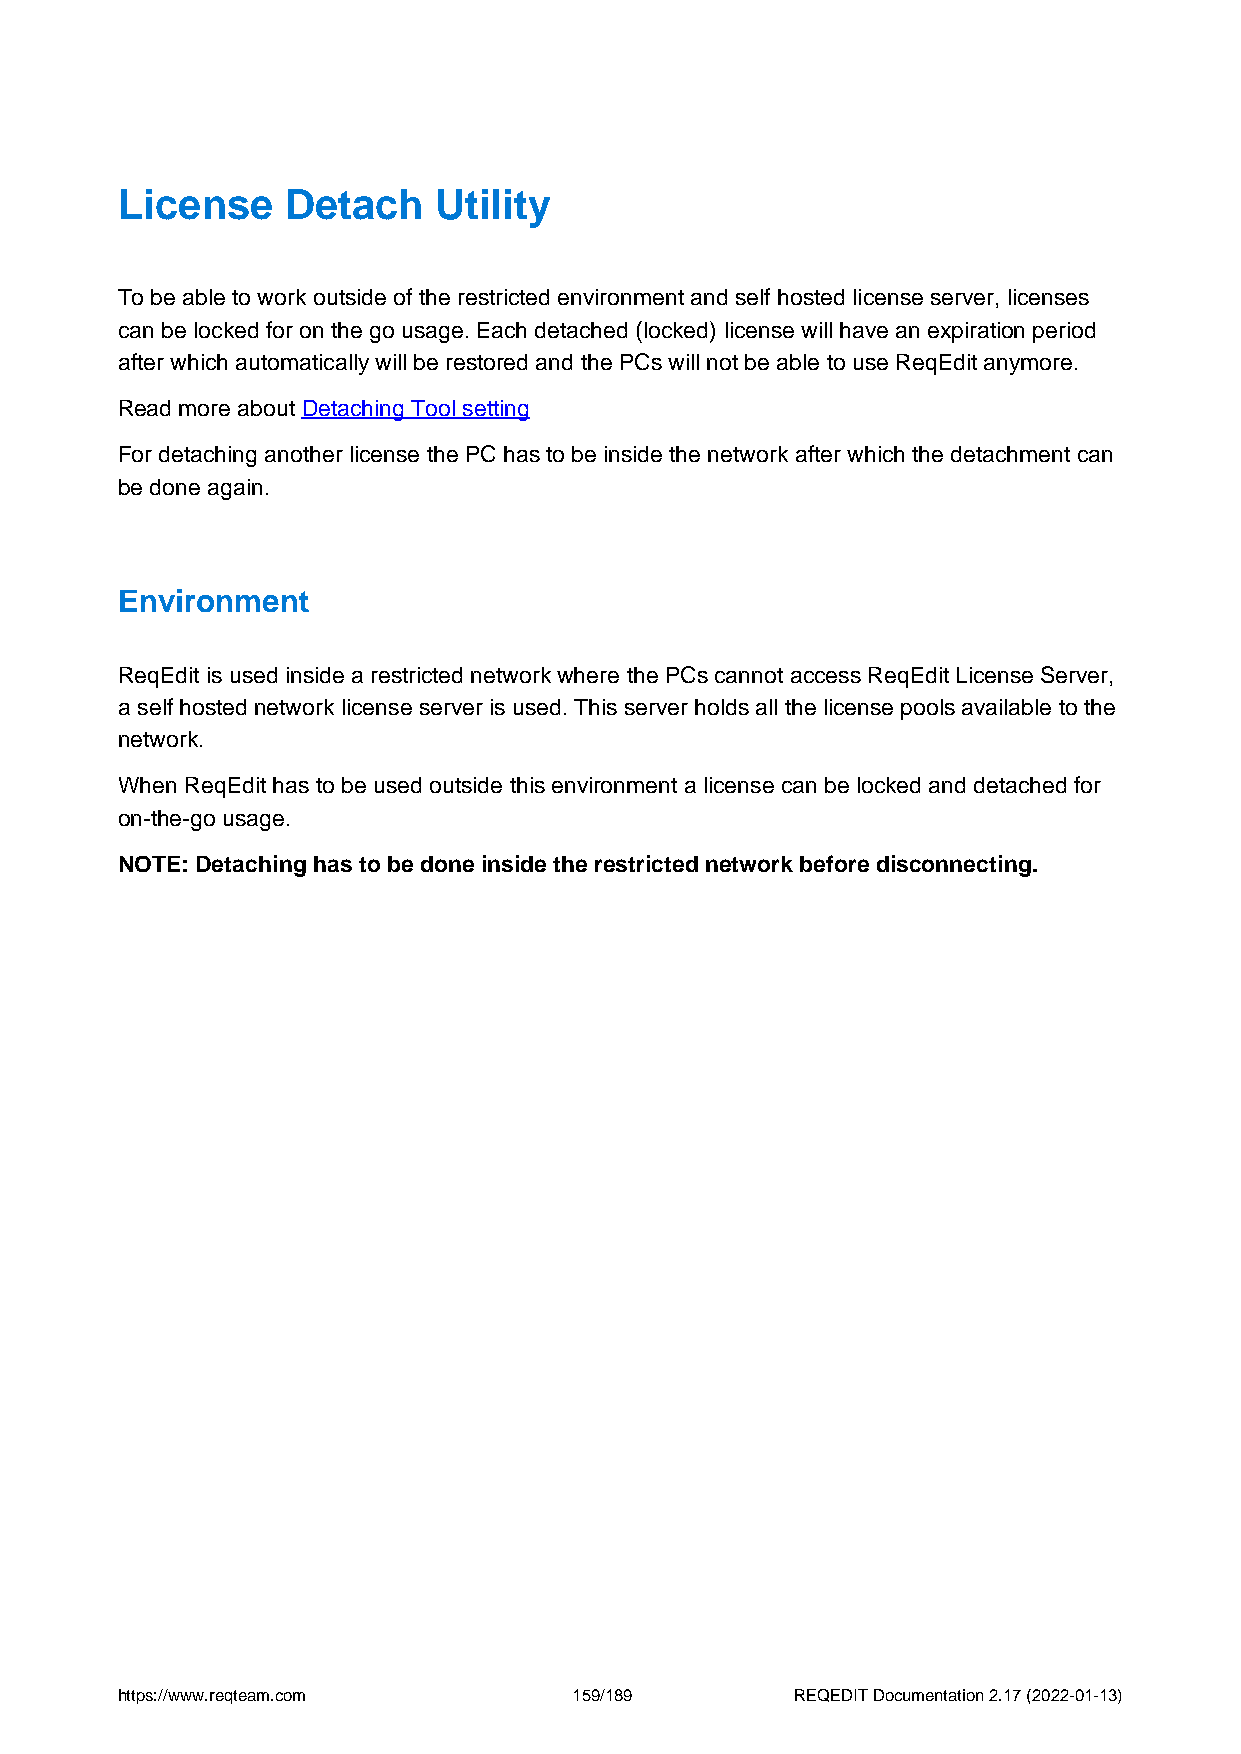
License    Detach    Utility
 To be able to work outside of the restricted environment and self hosted license server, licenses
 can be locked for on the go usage. Each detached (locked) license will have an expiration period
 after which automatically will be restored and the PCs will not be able to use ReqEdit anymore.
 Read more about Detaching Tool setting
 For detaching another license the PC has to be inside the network after which the detachment can
 be done again.
 Environment
 ReqEdit is used inside a restricted network where the PCs cannot access ReqEdit License Server,
 a self hosted network license server is used. This server holds all the license pools available to the
 network.
 When ReqEdit has to be used outside this environment a license can be locked and detached for
 on-the-go usage.
 NOTE: Detaching has to be done inside the restricted network before disconnecting.
 https://www.reqteam.com       159/189        REQEDIT Documentation 2.17 (2022-01-13)